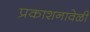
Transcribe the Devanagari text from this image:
प्रकाशनावेळी